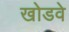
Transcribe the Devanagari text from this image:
खोडवे